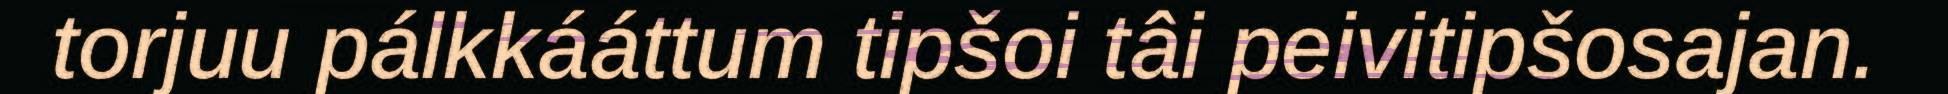
torjuu pálkkááttum tipšoi tâi peivitipšosajan.